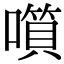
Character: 𡀹